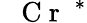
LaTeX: \mathrm{~\textit~{~C~r~}~}^{*}